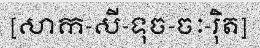
[សាក-សី-ទុច-ចៈ-រ៉ិត]